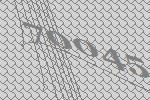
70045